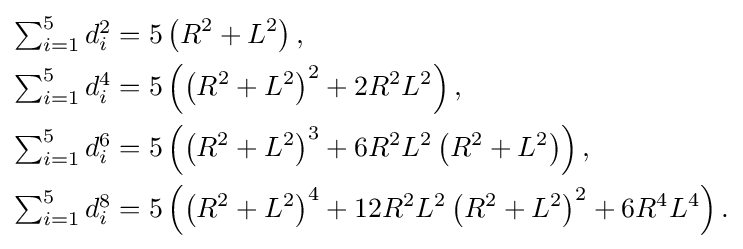
{\begin{aligned}\textstyle \sum _{i=1}^{5}d_{i}^{2}&=5\left(R^{2}+L^{2}\right),\\\textstyle \sum _{i=1}^{5}d_{i}^{4}&=5\left(\left(R^{2}+L^{2}\right)^{2}+2R^{2}L^{2}\right),\\\textstyle \sum _{i=1}^{5}d_{i}^{6}&=5\left(\left(R^{2}+L^{2}\right)^{3}+6R^{2}L^{2}\left(R^{2}+L^{2}\right)\right),\\\textstyle \sum _{i=1}^{5}d_{i}^{8}&=5\left(\left(R^{2}+L^{2}\right)^{4}+12R^{2}L^{2}\left(R^{2}+L^{2}\right)^{2}+6R^{4}L^{4}\right).\end{aligned}}